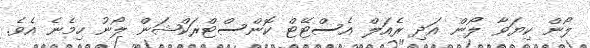
ލޯން ކިޔަވާ ލޯން އަދި ރެއަލް އެސްޓޭޓް ކޮންސްޓްރަކްޝަން ލޯނު ހިމެނެ އެވެ.